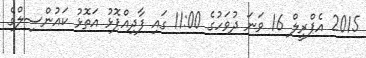
2015 އެޕްރީލް 16 ވަނަ ދުވަހުގެ 11:00 ގައި ފާދިއްޕޮޅު އަތޮޅު ކައުންސިލްގެ